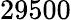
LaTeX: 29500